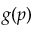
g ( p )